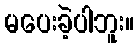
မပေးခဲ့ပါဘူး။